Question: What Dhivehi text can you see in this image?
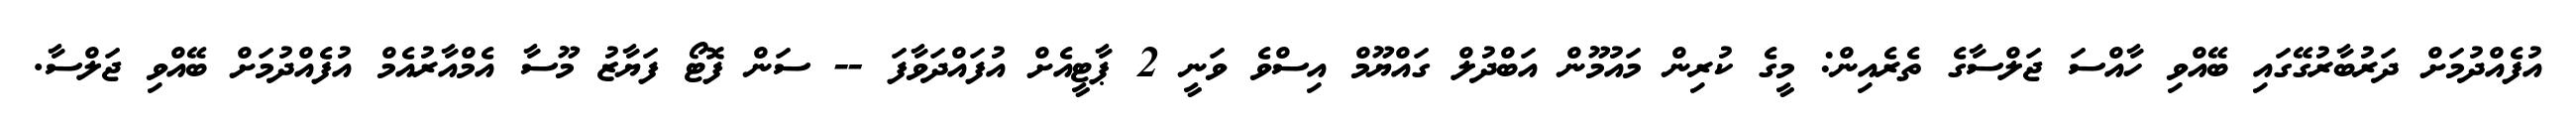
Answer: އުފެއްދުމަށް ދަރުބާރުގޭގައި ބޭއްވި ހާއްސަ ޖަލްސާގެ ތެރެއިން: މީގެ ކުރިން މައުމޫން އަބްދުލް ގައްޔޫމް އިސްވެ ވަނީ 2 ޕާޓީއެށް އުފައްދަވާފަ -- ސަން ފޮޓޯ ފަޔާޒު މޫސާ އެމްއާރުއެމް އުފެއްދުމަށް ބޭއްވި ޖަލްސާ.